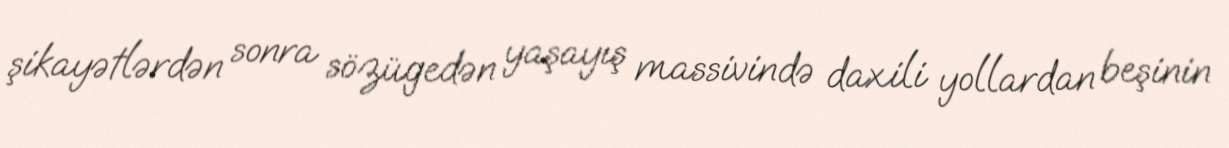
şikayətlərdən sonra sözügedən yaşayış massivində daxili yollardan beşinin